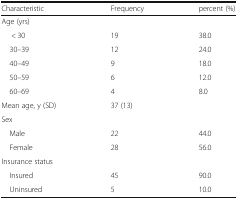
<table><thead><tr><td><b>Characteristic</b></td><td><b>Frequency</b></td><td><b>percent (%)</b></td></tr></thead><tbody><tr><td colspan="3">Age (yrs)</td></tr><tr><td>&lt; 30</td><td>19</td><td>38.0</td></tr><tr><td> 30–39</td><td>12</td><td>24.0</td></tr><tr><td> 40–49</td><td>9</td><td>18.0</td></tr><tr><td> 50–59</td><td>6</td><td>12.0</td></tr><tr><td> 60–69</td><td>4</td><td>8.0</td></tr><tr><td>Mean age, y (SD)</td><td>37 (13)</td><td></td></tr><tr><td colspan="3">Sex</td></tr><tr><td> Male</td><td>22</td><td>44.0</td></tr><tr><td> Female</td><td>28</td><td>56.0</td></tr><tr><td colspan="3">Insurance status</td></tr><tr><td> Insured</td><td>45</td><td>90.0</td></tr><tr><td> Uninsured</td><td>5</td><td>10.0</td></tr></tbody></table>